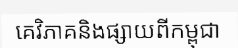
គេវិភាគនិងផ្សាយពីកម្ពុជា